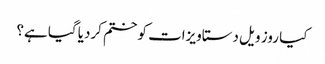
کیا روز ویل دستاویزات کو ختم کردیا گیا ہے؟